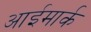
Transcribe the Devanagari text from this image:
आईमार्क